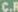
C.R